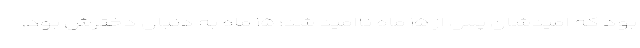
بود که امیدشان پس از ۱۵ ماه ناامید شد؛ ۱۵ ماه به دنبال دخترش بود.